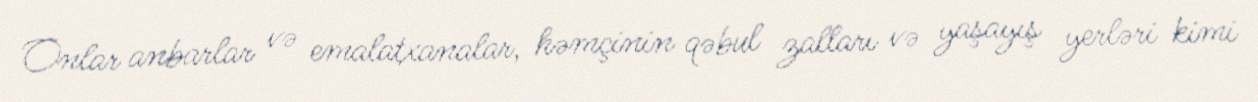
Onlar anbarlar və emalatxanalar, həmçinin qəbul zalları və yaşayış yerləri kimi